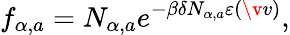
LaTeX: f_{\alpha,a}=N_{\alpha,a}e^{-\beta\delta N_{\alpha,a}\varepsilon(\v{v})},